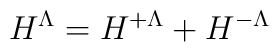
H^\Lambda =H^{+\Lambda}+ H^{-\Lambda}